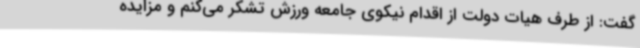
گفت: از طرف هیات دولت از اقدام نیکوی جامعه ورزش تشکر می‌کنم و مزایده